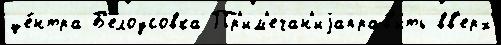
це́нтра Б'елоусовка Пр'им'ечан'иjаправ'ить вв'ерх